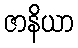
ဇာနိယာ